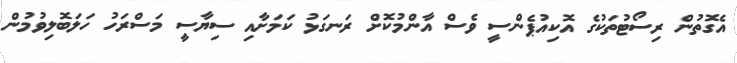
އެގޮތުން ރިސޯޓުތަކުގެ އޮކިއުޕެންސީ ވެސް އާންމުކޮށް ރަނގަޅު ކަމަށާއި ސިޔާސީ މަސްރަހު ހަލަބޮލިވުމުން